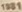
1981